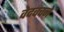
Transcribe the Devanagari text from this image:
वेदवचने